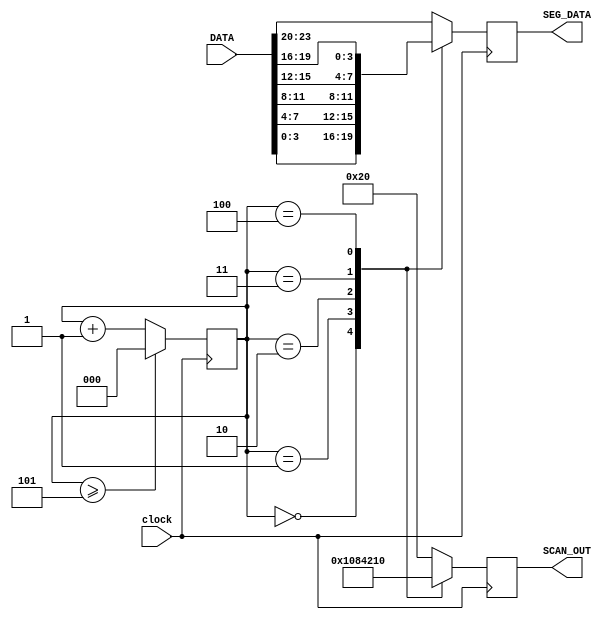
`timescale 1ns / 1ps
//////////////////////////////////////////////////////////////////////////////////
// Company: 
// Engineer: 
// 
// Design Name: 
// Module Name: seg_scan
// Project Name: 
// Target Devices: 
// Tool Versions: 
// Description: 
// 
// Dependencies: 
// 
// Revision:
// Revision 0.01 - File Created
// Additional Comments:
// 
//////////////////////////////////////////////////////////////////////////////////

module seg_scan(clock, DATA, SCAN_OUT, SEG_DATA);
    input clock;
    input [23:0] DATA;           // number that will be displayed
    output reg [5:0] SCAN_OUT;   // used to determine which position to display
    output reg [3:0] SEG_DATA;   // used to determine which digit to display
    reg [2:0] counter = 0;
    
    always @(posedge clock) begin
        counter <= counter + 1;
        if (counter >= 5) begin
            counter <= 0;
        end
        case (counter)
            3'b000 : begin SEG_DATA = DATA[3:0]; SCAN_OUT = 6'b000001; end
            3'b001 : begin SEG_DATA = DATA[7:4]; SCAN_OUT = 6'b000010; end
            3'b010 : begin SEG_DATA = DATA[11:8]; SCAN_OUT = 6'b000100; end
            3'b011 : begin SEG_DATA = DATA[15:12]; SCAN_OUT = 6'b001000; end
            3'b100 : begin SEG_DATA = DATA[19:16]; SCAN_OUT = 6'b010000; end
            default : begin SEG_DATA = DATA[23:20]; SCAN_OUT = 6'b100000; end
        endcase
     end
endmodule